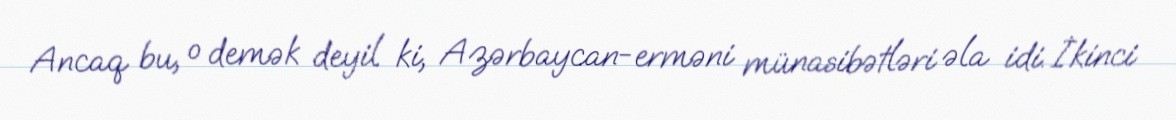
Ancaq bu, o demək deyil ki, Azərbaycan-erməni münasibətləri əla idi. İkinci